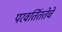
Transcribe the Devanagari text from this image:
परवर्तिततेचे